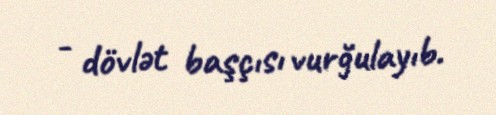
- dövlət başçısı vurğulayıb.